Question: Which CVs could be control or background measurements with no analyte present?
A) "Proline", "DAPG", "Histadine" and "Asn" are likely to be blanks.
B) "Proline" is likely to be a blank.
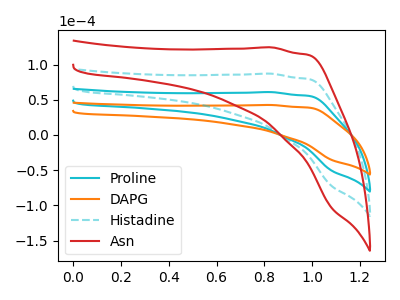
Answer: <think>The cyan curve "Proline" has no peaks. The orange curve "DAPG" has no peaks. The cyan dashed curve "Histadine" has no peaks. The red curve "Asn" has no peaks.</think>
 <answer>A) "Proline", "DAPG", "Histadine" and "Asn" are likely to be blanks.</answer>
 <eval>A</eval>